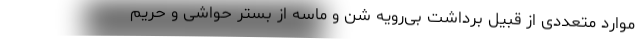
موارد متعددی از قبیل برداشت بی‌رویه شن و ماسه از بستر حواشی و حریم